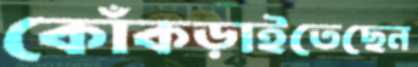
কোঁকড়াইতেছেন